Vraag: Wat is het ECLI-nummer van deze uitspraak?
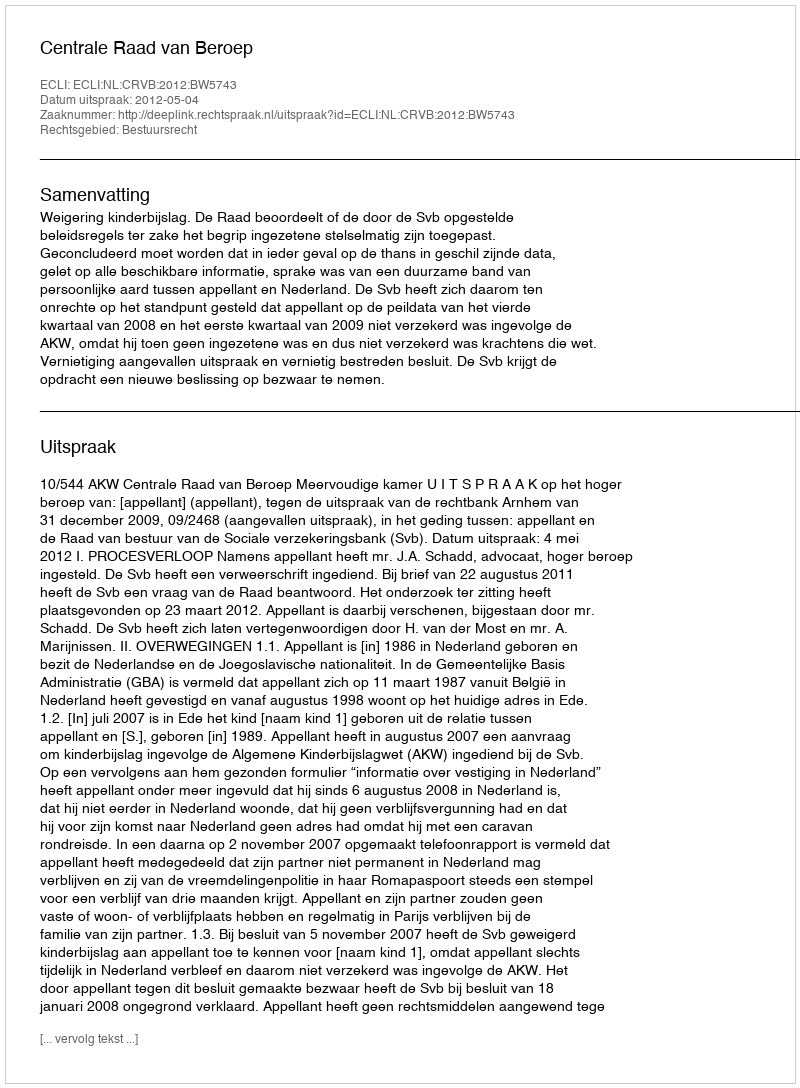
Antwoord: ECLI:NL:CRVB:2012:BW5743